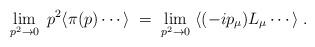
LaTeX: \begin{align*}\lim_{p^2 \to 0} \; p^2 \langle \pi (p) \cdots \rangle \;=\;\lim_{p^2 \to 0} \; \langle (- i p_{\mu}) L_{\mu} \cdots \rangle \;.\end{align*}